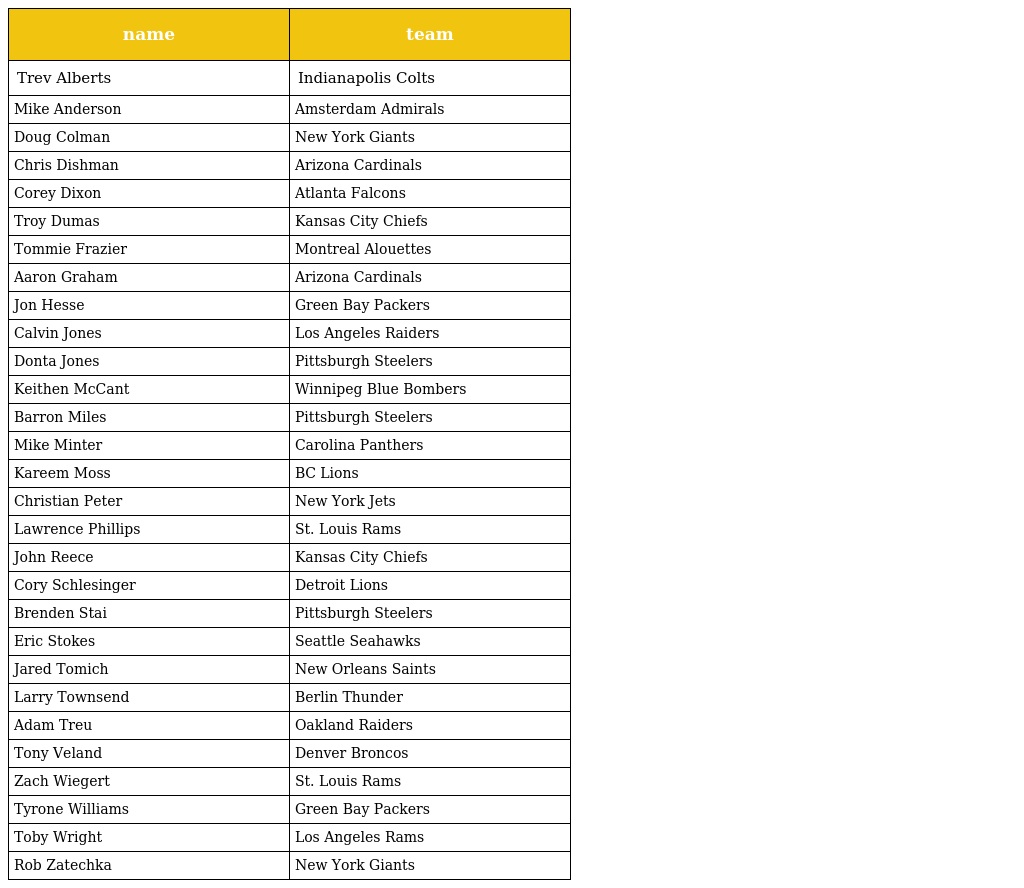
| name | team |
 | --- | --- |
 | Trev Alberts | Indianapolis Colts |
 | Mike Anderson | Amsterdam Admirals |
 | Doug Colman | New York Giants |
 | Chris Dishman | Arizona Cardinals |
 | Corey Dixon | Atlanta Falcons |
 | Troy Dumas | Kansas City Chiefs |
 | Tommie Frazier | Montreal Alouettes |
 | Aaron Graham | Arizona Cardinals |
 | Jon Hesse | Green Bay Packers |
 | Calvin Jones | Los Angeles Raiders |
 | Donta Jones | Pittsburgh Steelers |
 | Keithen McCant | Winnipeg Blue Bombers |
 | Barron Miles | Pittsburgh Steelers |
 | Mike Minter | Carolina Panthers |
 | Kareem Moss | BC Lions |
 | Christian Peter | New York Jets |
 | Lawrence Phillips | St. Louis Rams |
 | John Reece | Kansas City Chiefs |
 | Cory Schlesinger | Detroit Lions |
 | Brenden Stai | Pittsburgh Steelers |
 | Eric Stokes | Seattle Seahawks |
 | Jared Tomich | New Orleans Saints |
 | Larry Townsend | Berlin Thunder |
 | Adam Treu | Oakland Raiders |
 | Tony Veland | Denver Broncos |
 | Zach Wiegert | St. Louis Rams |
 | Tyrone Williams | Green Bay Packers |
 | Toby Wright | Los Angeles Rams |
 | Rob Zatechka | New York Giants |